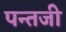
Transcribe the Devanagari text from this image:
पन्तजी